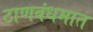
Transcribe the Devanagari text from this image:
ठाणबंधमात